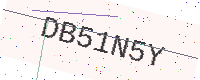
Text: DB51N5Y